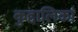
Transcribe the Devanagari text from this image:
कुद्दालिकां